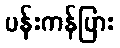
ပန်းကန်ပြား